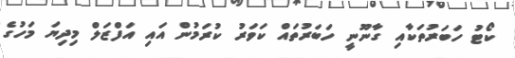
ކޯޓު ހަބަރުތަކާއި ގާނޫނީ ހަބަރުތައް ކަވަރު ކުރަމުން އައި އަފްޒަލް މިދިޔަ މަހުގެ